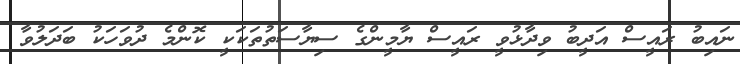
ނައިބު ރައީސް އަދީބު ވިދާޅުވީ ރައީސް ޔާމީންގެ ސިޔާސަތުތަކަކީ ކޮންމެ ދުވަހަކު ބަދަލުވާ